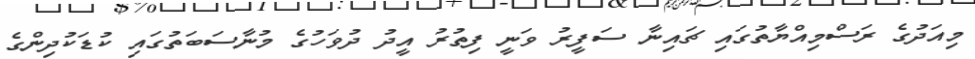
މިއަދުގެ ރަސްމިއްޔާތުގައި ޗައިނާ ސަފީރު ވަނީ ފިތުރު އީދު ދުވަހުގެ މުނާސަބަތުގައި ކުޑަކުދިންގެ